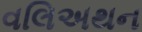
વલિઅથન